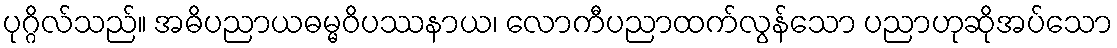
ပုဂ္ဂိလ်သည်။ အဓိပညာယဓမ္မဝိပဿနာယ၊ လောကီပညာထက်လွန်သော ပညာဟုဆိုအပ်သော